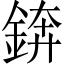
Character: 錛